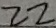
2 2